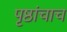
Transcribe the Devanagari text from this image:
पृष्ठांचाच